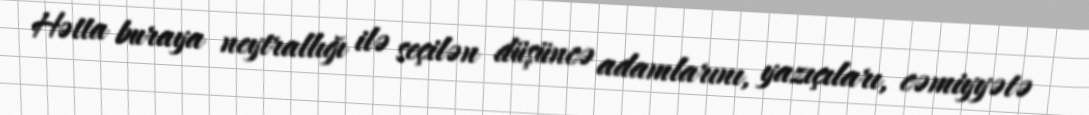
Hətta buraya neytrallığı ilə seçilən düşüncə adamlarını, yazıçıları, cəmiyyətə